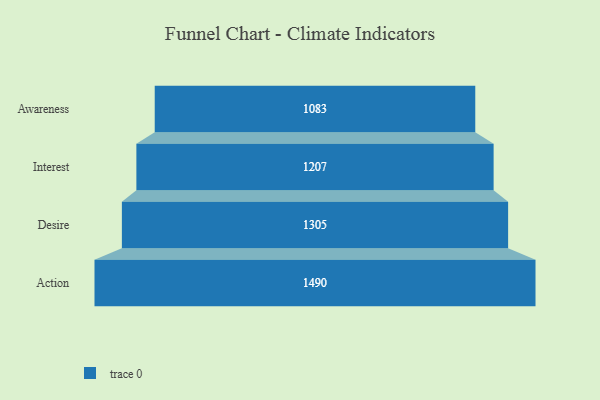
{"axis": {"x": "Stage", "y": "Value"}, "legend": [""], "data": [{"x": "Awareness", "y": 1083.0, "type": ""}, {"x": "Interest", "y": 1207.0, "type": ""}, {"x": "Desire", "y": 1305.0, "type": ""}, {"x": "Action", "y": 1490.0, "type": ""}]}